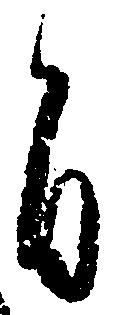
旨